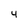
Character: 4